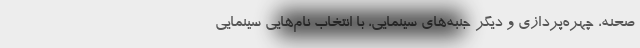
صحنه، چهره‌پردازی و دیگر جنبه‌های سینمایی، با انتخاب نام‌هایی سینمایی